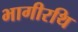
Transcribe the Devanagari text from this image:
भागीरथि